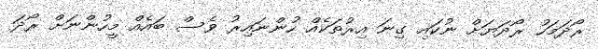
ރޯދަމަހު ރޯދަޔަށް ނުކައި ގިނަ އިރުތަކެއް ހުންނައިރު ވެސް ބައެއް މީހުންނަށް ރޯދަ